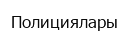
Полициялары